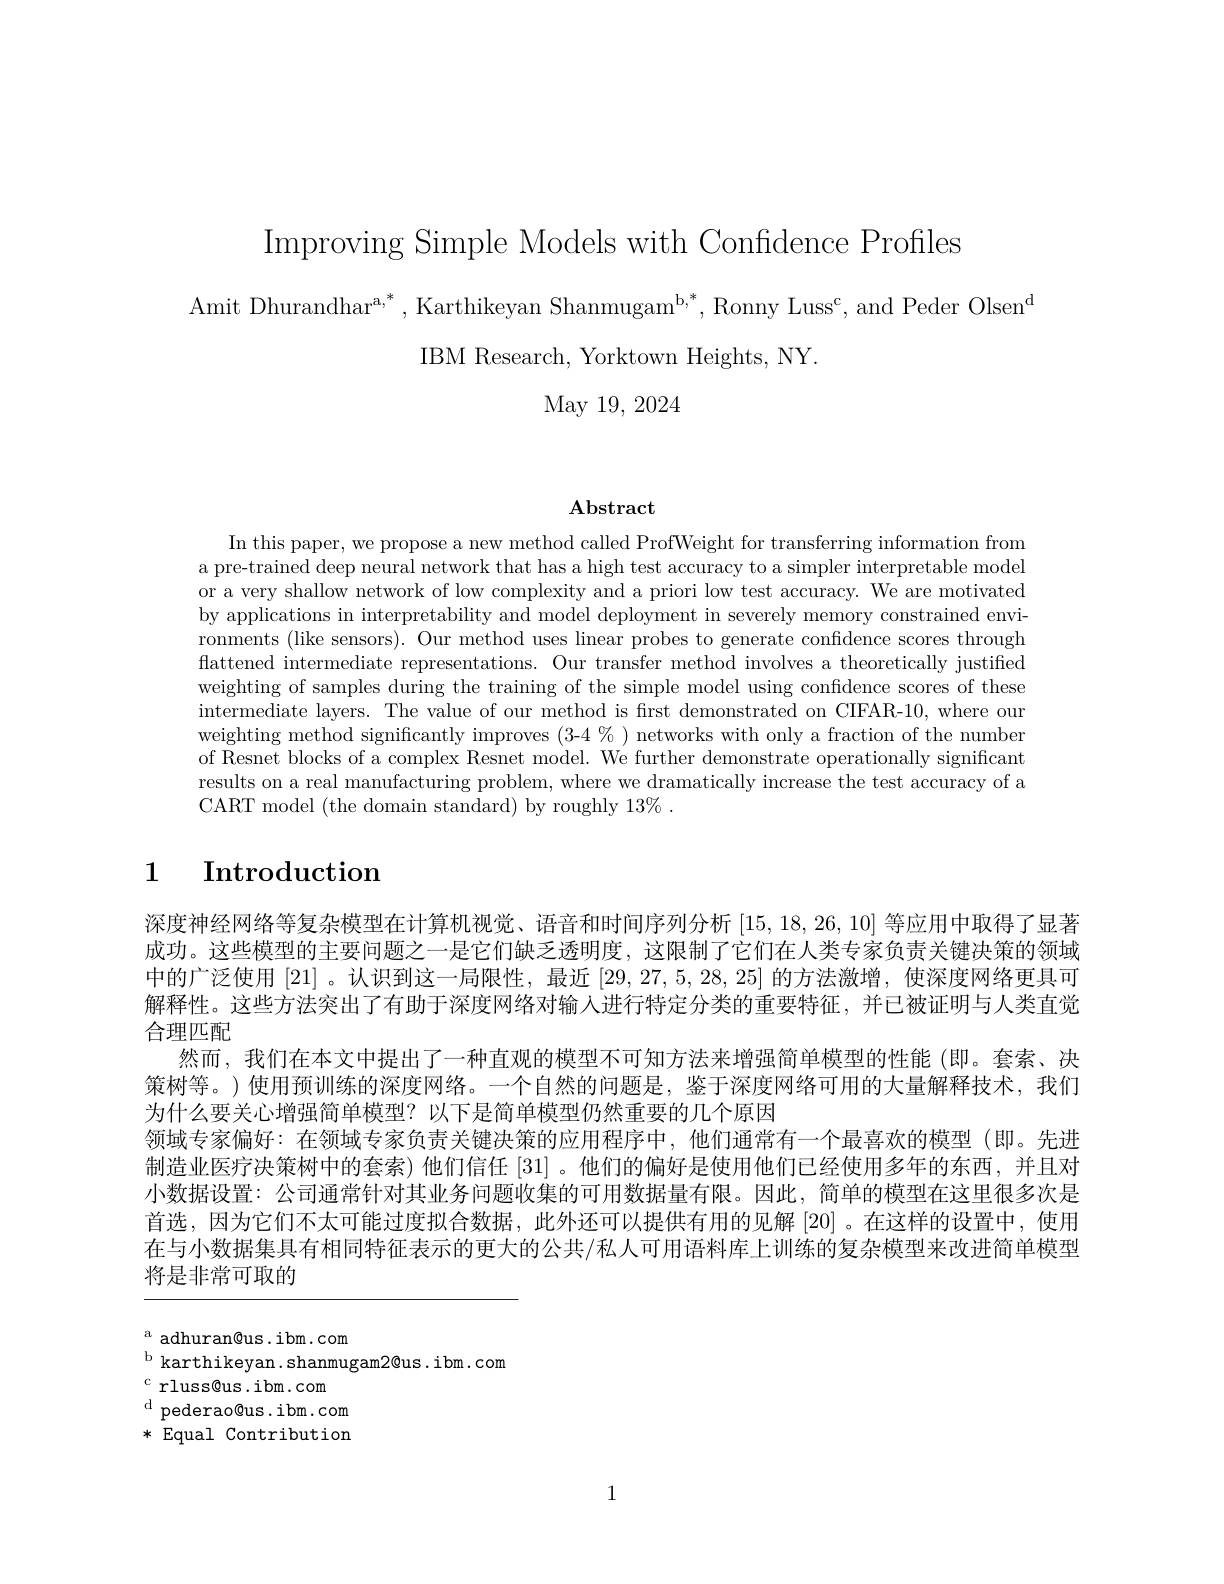
Improving Simple Models with Confidence Profiles
Amit Dhurandhar$^{\mathrm{a,}^*}$,Karthikeyan Shanmugam$^\mathrm{b,*}$,Ronny Luss$^\mathrm{c}$,and Peder Olsen$^\mathrm{d}$
IBM Research, Yorktown Heights, NY.
May 19, 2024

## $\mathbf{Abstract}$

In this paper, we propose a new method called ProfWeight for transferring information from a pre-trained deep neural network that has a high test accuracy to a simpler interpretable model or a very shallow network of low complexity and a priori low test accuracy. We are motivated by applications in interpretability and model deployment in severely memory constrained environments (like sensors). Our method uses linear probes to generate confidence scores through flattened intermediate representations. Our transfer method involves a theoretically justified weighting of samples during the training of the simple model using confidence scores of these intermediate layers. The value of our method is first demonstrated on CIFAR-10, where our weighting method significantly improves (3-4%) networks with only a fraction of the number of Resnet blocks of a complex Resnet model. We further demonstrate operationally significant results on a real manufacturing problem, where we dramatically increase the test accuracy of a CART model (the domain standard) by roughly 13%.

# 1 $\textbf{Introduction}$

深度神经网络等复杂模型在计算机视觉、语音和时间序列分析[15,18,26,10]等应用中取得了显著成功。这些模型的主要问题之一是它们缺乏透明度，这限制了它们在人类专家负责关键决策的领域中的广泛使用[21] 。认识到这一局限性，最近[29,27,5,28,25]的方法激增，使深度网络更具可解释性。这些方法突出了有助于深度网络对输人进行特定分类的重要特征，并已被证明与人类直觉合理匹配
然而，我们在本文中提出了一种直观的模型不可知方法来增强简单模型的性能(即。套索、决策树等。)使用预训练的深度网络。一个自然的问题是，鉴于深度网络可用的大量解释技术，我们为什么要关心增强简单模型？以下是简单模型仍然重要的几个原因
领域专家偏好：在领域专家负责关键决策的应用程序中，他们通常有一个最喜欢的模型(即。先进制造业医疗决策树中的套索)他们信任[31] 。他们的偏好是使用他们已经使用多年的东西，并且对小数据设置：公司通常针对其业务问题收集的可用数据量有限。因此，简单的模型在这里很多次是首选，因为它们不太可能过度拟合数据，此外还可以提供有用的见解[20]。在这样的设置中，使用在与小数据集具有相同特征表示的更大的公共/私人可用语料库上训练的复杂模型来改进简单模型将是非常可取的

a adhuran@us.ibm.com
$^{\mathrm{b}}$ karthikeyan.shanmugam2@us.ibm.com
$^{\mathrm{c}}$rluss@us.ibm.com
* Equal Contribution

1